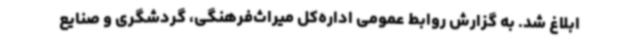
ابلاغ شد. به گزارش روابط عمومی اداره‌کل میراث‌فرهنگی، گردشگری و صنایع